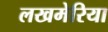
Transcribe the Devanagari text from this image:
लखमेरिया